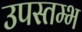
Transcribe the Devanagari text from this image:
उपस्तम्भ